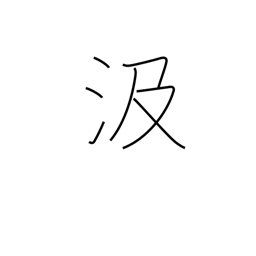
Meaning: pump